Indian journal of veterinary science and animal husbandry - Volumes 26-27, 1956-1957
Year: 1956
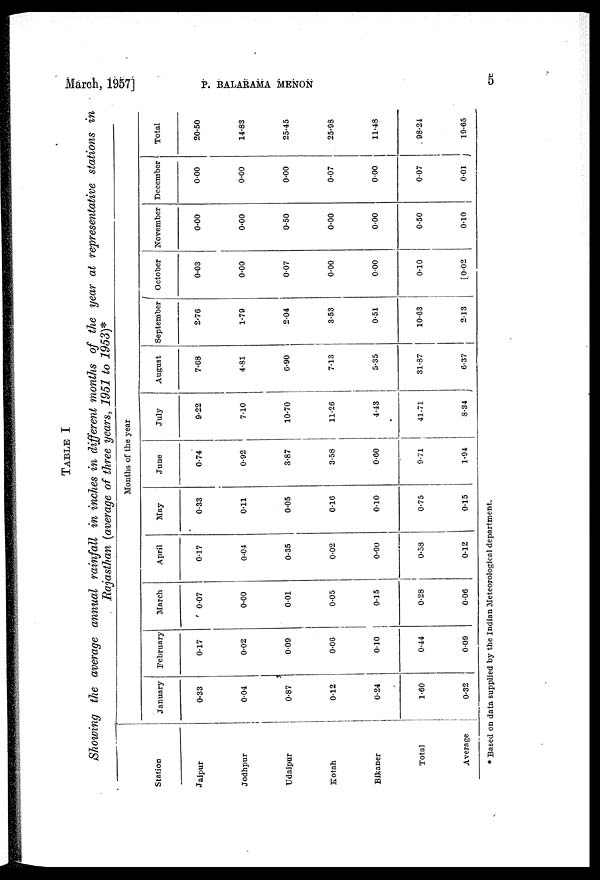
March, 1957]
P. BALARAMA MENON 5
TABLE I
Showing the average annual rainfall in inches in different months of the year at representative stations in
Rajasthan (average of three years, 1951 to 1953)*
Station
Jaipur
Jodhpur
Udaipur
Kotah
Bikaner
Total
Average
January
0.33
0.04
0.87
0.12
0.24
1.60
0.32
February
0.17
0.02
0.09
0.06
0.10
0.44
0.09
March
0.07
0.00
0.01
0.05
0.15
0.28
0.06
April
0.17
0.04
0.35
0.02
0.00
0.58
0.12
Months of the year
May
0.33
0.11
0.05
0.16
0.10
0.75
0.15
June
0.74
0.92
3.87
3.58
0.60
9.71
1.94
July
9.22
7.10
10.70
11.26
4.43
41.71
8.34
August
7.68
4.81
6.90
7.13
5.35
31.87
6.37
September
2.76
1.79
2.04
3.53
0.51
10.63
2.3
October
0.03
0.00
0.07
0.00
0.00
0.10
[0.02
November
0.00
0.00
0.50
0.00
0.00
0.50
0.10
December
0.00
0.00
0.00
0.07
0.00
0.07
0.01
Total
20.50
14.83
25.45
25.98
11.48
98.24
19.65
* Based on data supplied by the Indian Meteorological department.